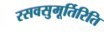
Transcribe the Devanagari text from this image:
रसवसुमूर्तिरिति